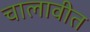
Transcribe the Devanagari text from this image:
चालावीत